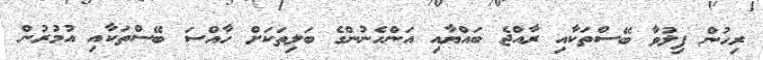
ރިހުން ފިލުވާ ބޭސްތަކާއި ރާއްޖެ ބައްޔާއި އަންހެނުންގެ ބަލިތަކަށް ހާއްސަ ބޭސްތަކާއި އުމުރުން